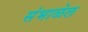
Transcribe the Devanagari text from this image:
संभाळेल